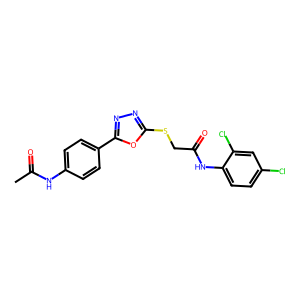
SMILES: CC(=O)Nc1ccc(-c2nnc(SCC(=O)Nc3ccc(Cl)cc3Cl)o2)cc1
Inhibits HIV replication: No